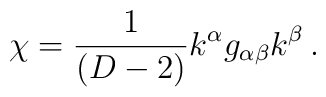
\chi = \frac1{(D-2)}k^\alpha g_{\alpha\beta} k^\beta\, .